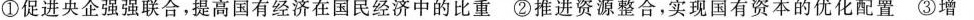
①促进央企强强联合，提高国有经济在国民经济中的比重②推进资源整合，实现国有资本的优化配置③增